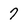
Character: 7